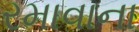
રમાવાના